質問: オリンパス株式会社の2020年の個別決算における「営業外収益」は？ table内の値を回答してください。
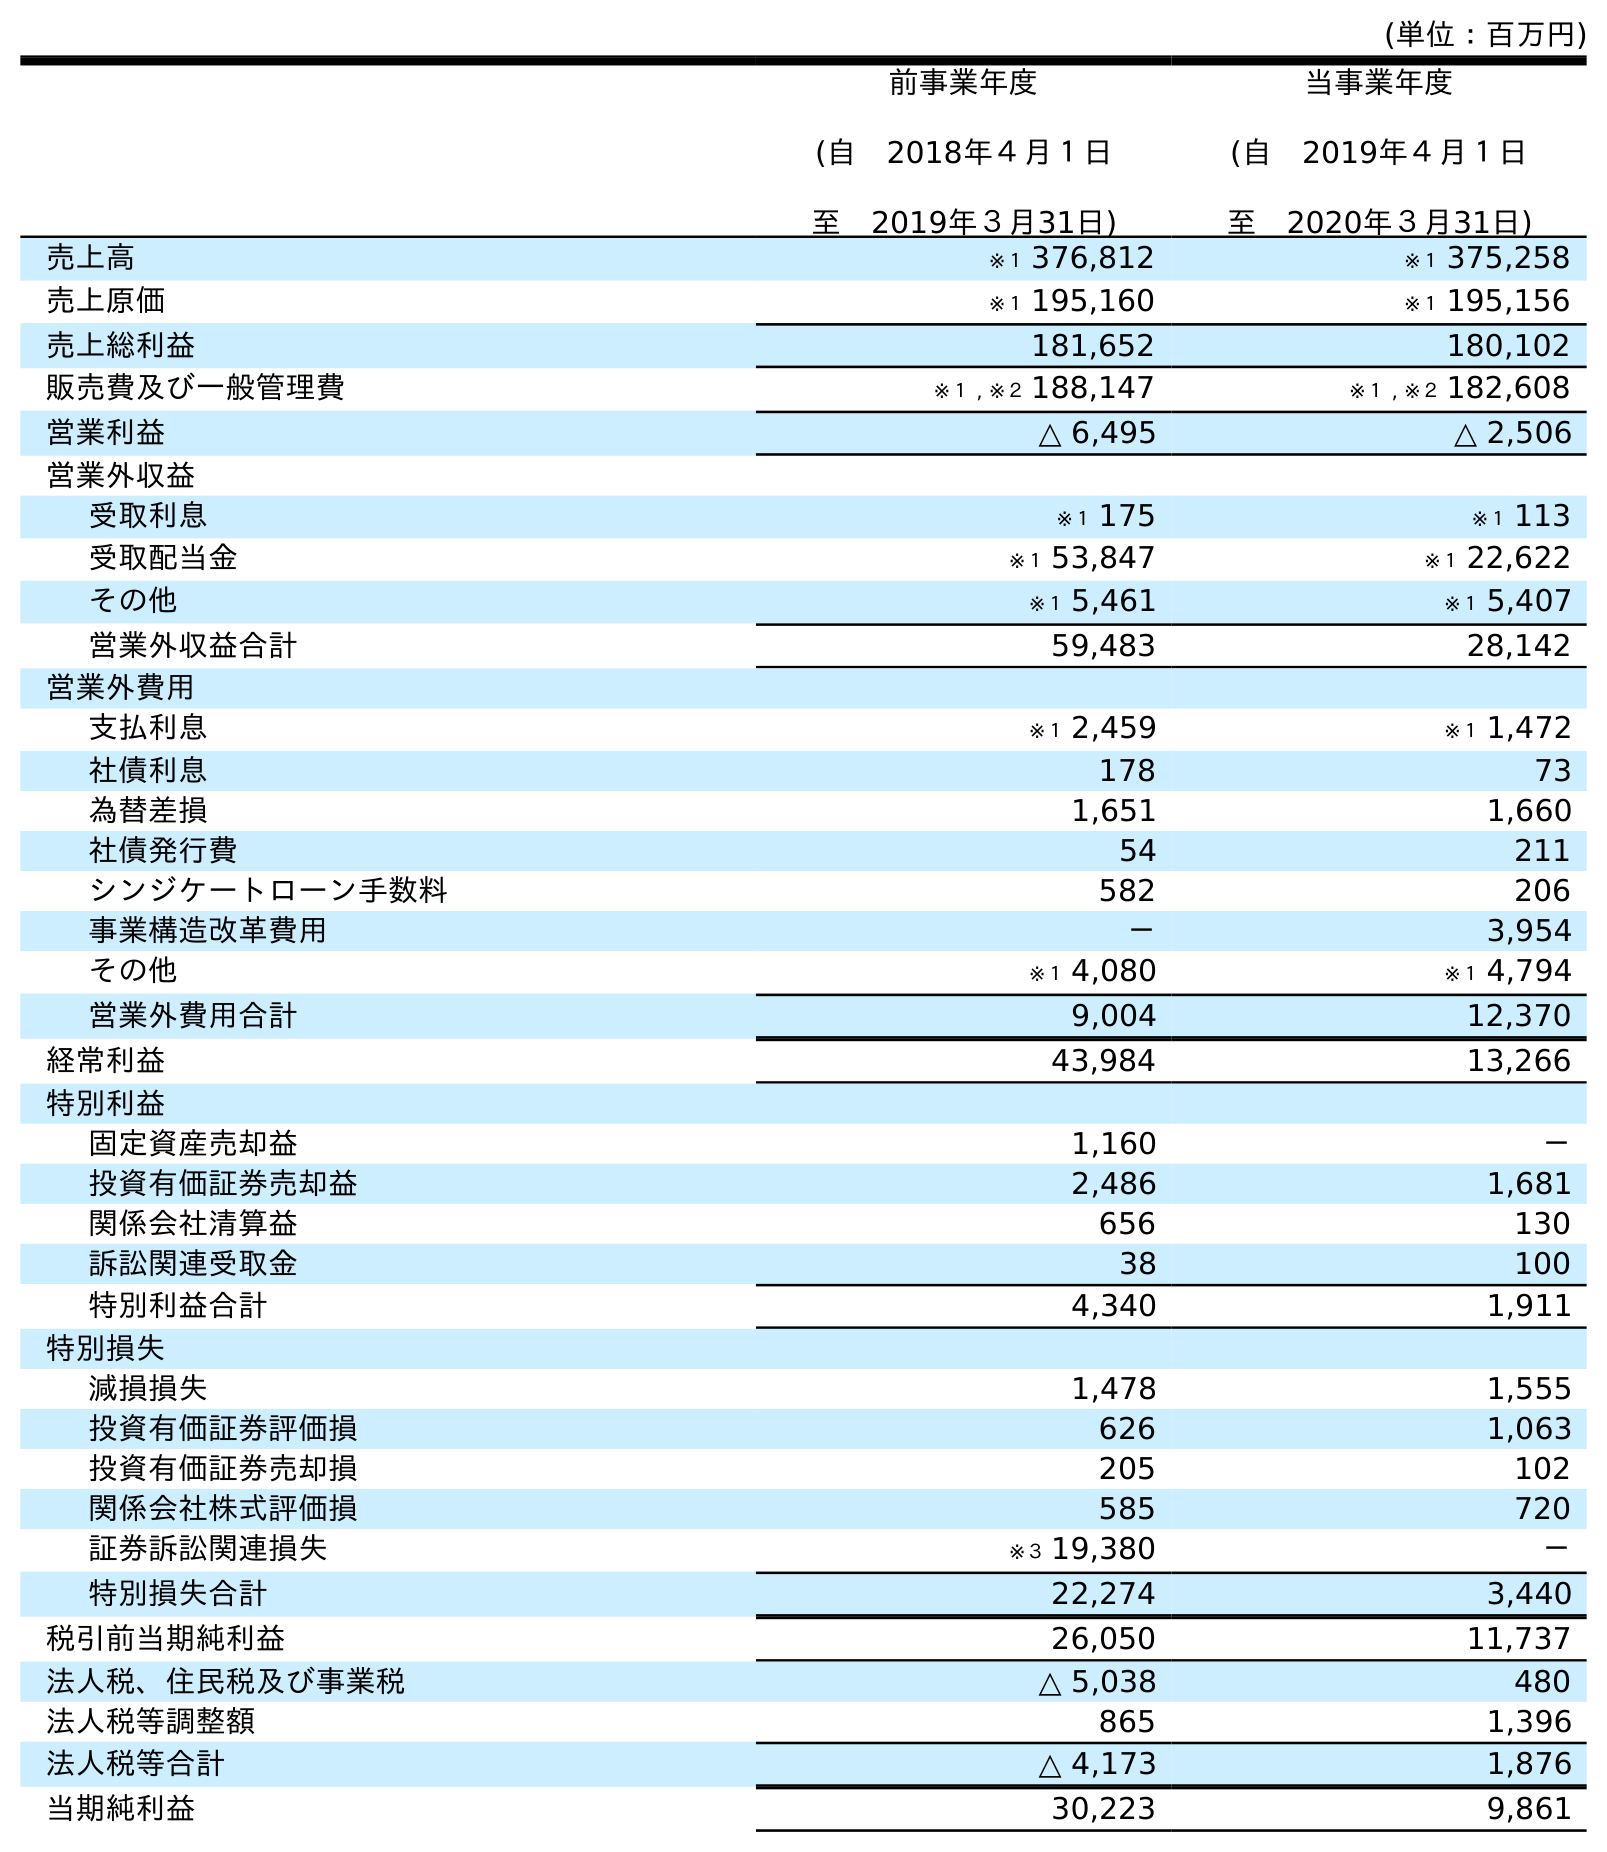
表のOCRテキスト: (単位：百万円) 前事業年度 (自 2018年４月１日 至 2019年３月31日) 当事業年度 (自 2019年４月１日 至 2020年３月31日) 売上高 ※１ 376,812 ※１ 375,258 売上原価 ※１ 195,160 ※１ 195,156 売上総利益 181,652 180,102 販売費及び一般管理費 ※１ , ※２ 188,147 ※１ , ※２ 182,608 営業利益 △ 6,495 △ 2,506 営業外収益 受取利息 ※１ 175 ※１ 113 受取配当金 ※１ 53,847 ※１ 22,622 その他 ※１ 5,461 ※１ 5,407 営業外収益合計 59,483 28,142 営業外費用 支払利息 ※１ 2,459 ※１ 1,472 社債利息 178 73 為替差損 1,651 1,660 社債発行費 54 211 シンジケートローン手数料 582 206 事業構造改革費用 － 3,954 その他 ※１ 4,080 ※１ 4,794 営業外費用合計 9,004 12,370 経常利益 43,984 13,266 特別利益 固定資産売却益 1,160 － 投資有価証券売却益 2,486 1,681 関係会社清算益 656 130 訴訟関連受取金 38 100 特別利益合計 4,340 1,911 特別損失 減損損失 1,478 1,555 投資有価証券評価損 626 1,063 投資有価証券売却損 205 102 関係会社株式評価損 585 720 証券訴訟関連損失 ※３ 19,380 － 特別損失合計 22,274 3,440 税引前当期純利益 26,050 11,737 法人税、住民税及び事業税 △ 5,038 480 法人税等調整額 865 1,396 法人税等合計 △ 4,173 1,876 当期純利益 30,223 9,861
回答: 28,142